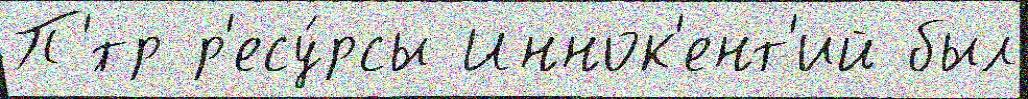
П'́тр р'есу́рсы Иннок'ент'ий был